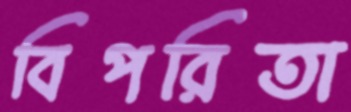
বিপরিতা